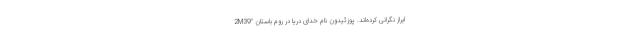
2M39" ابراز نگرانی کرده‌اند. پوزئیدون نام خدای دریا در روم باستان